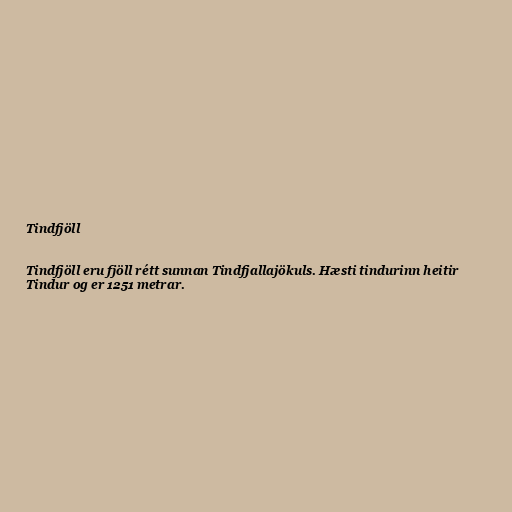
Tindfjöll

Tindfjöll eru fjöll rétt sunnan Tindfjallajökuls. Hæsti tindurinn heitir
Tindur og er 1251 metrar.